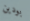
بودين